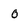
Character: 0